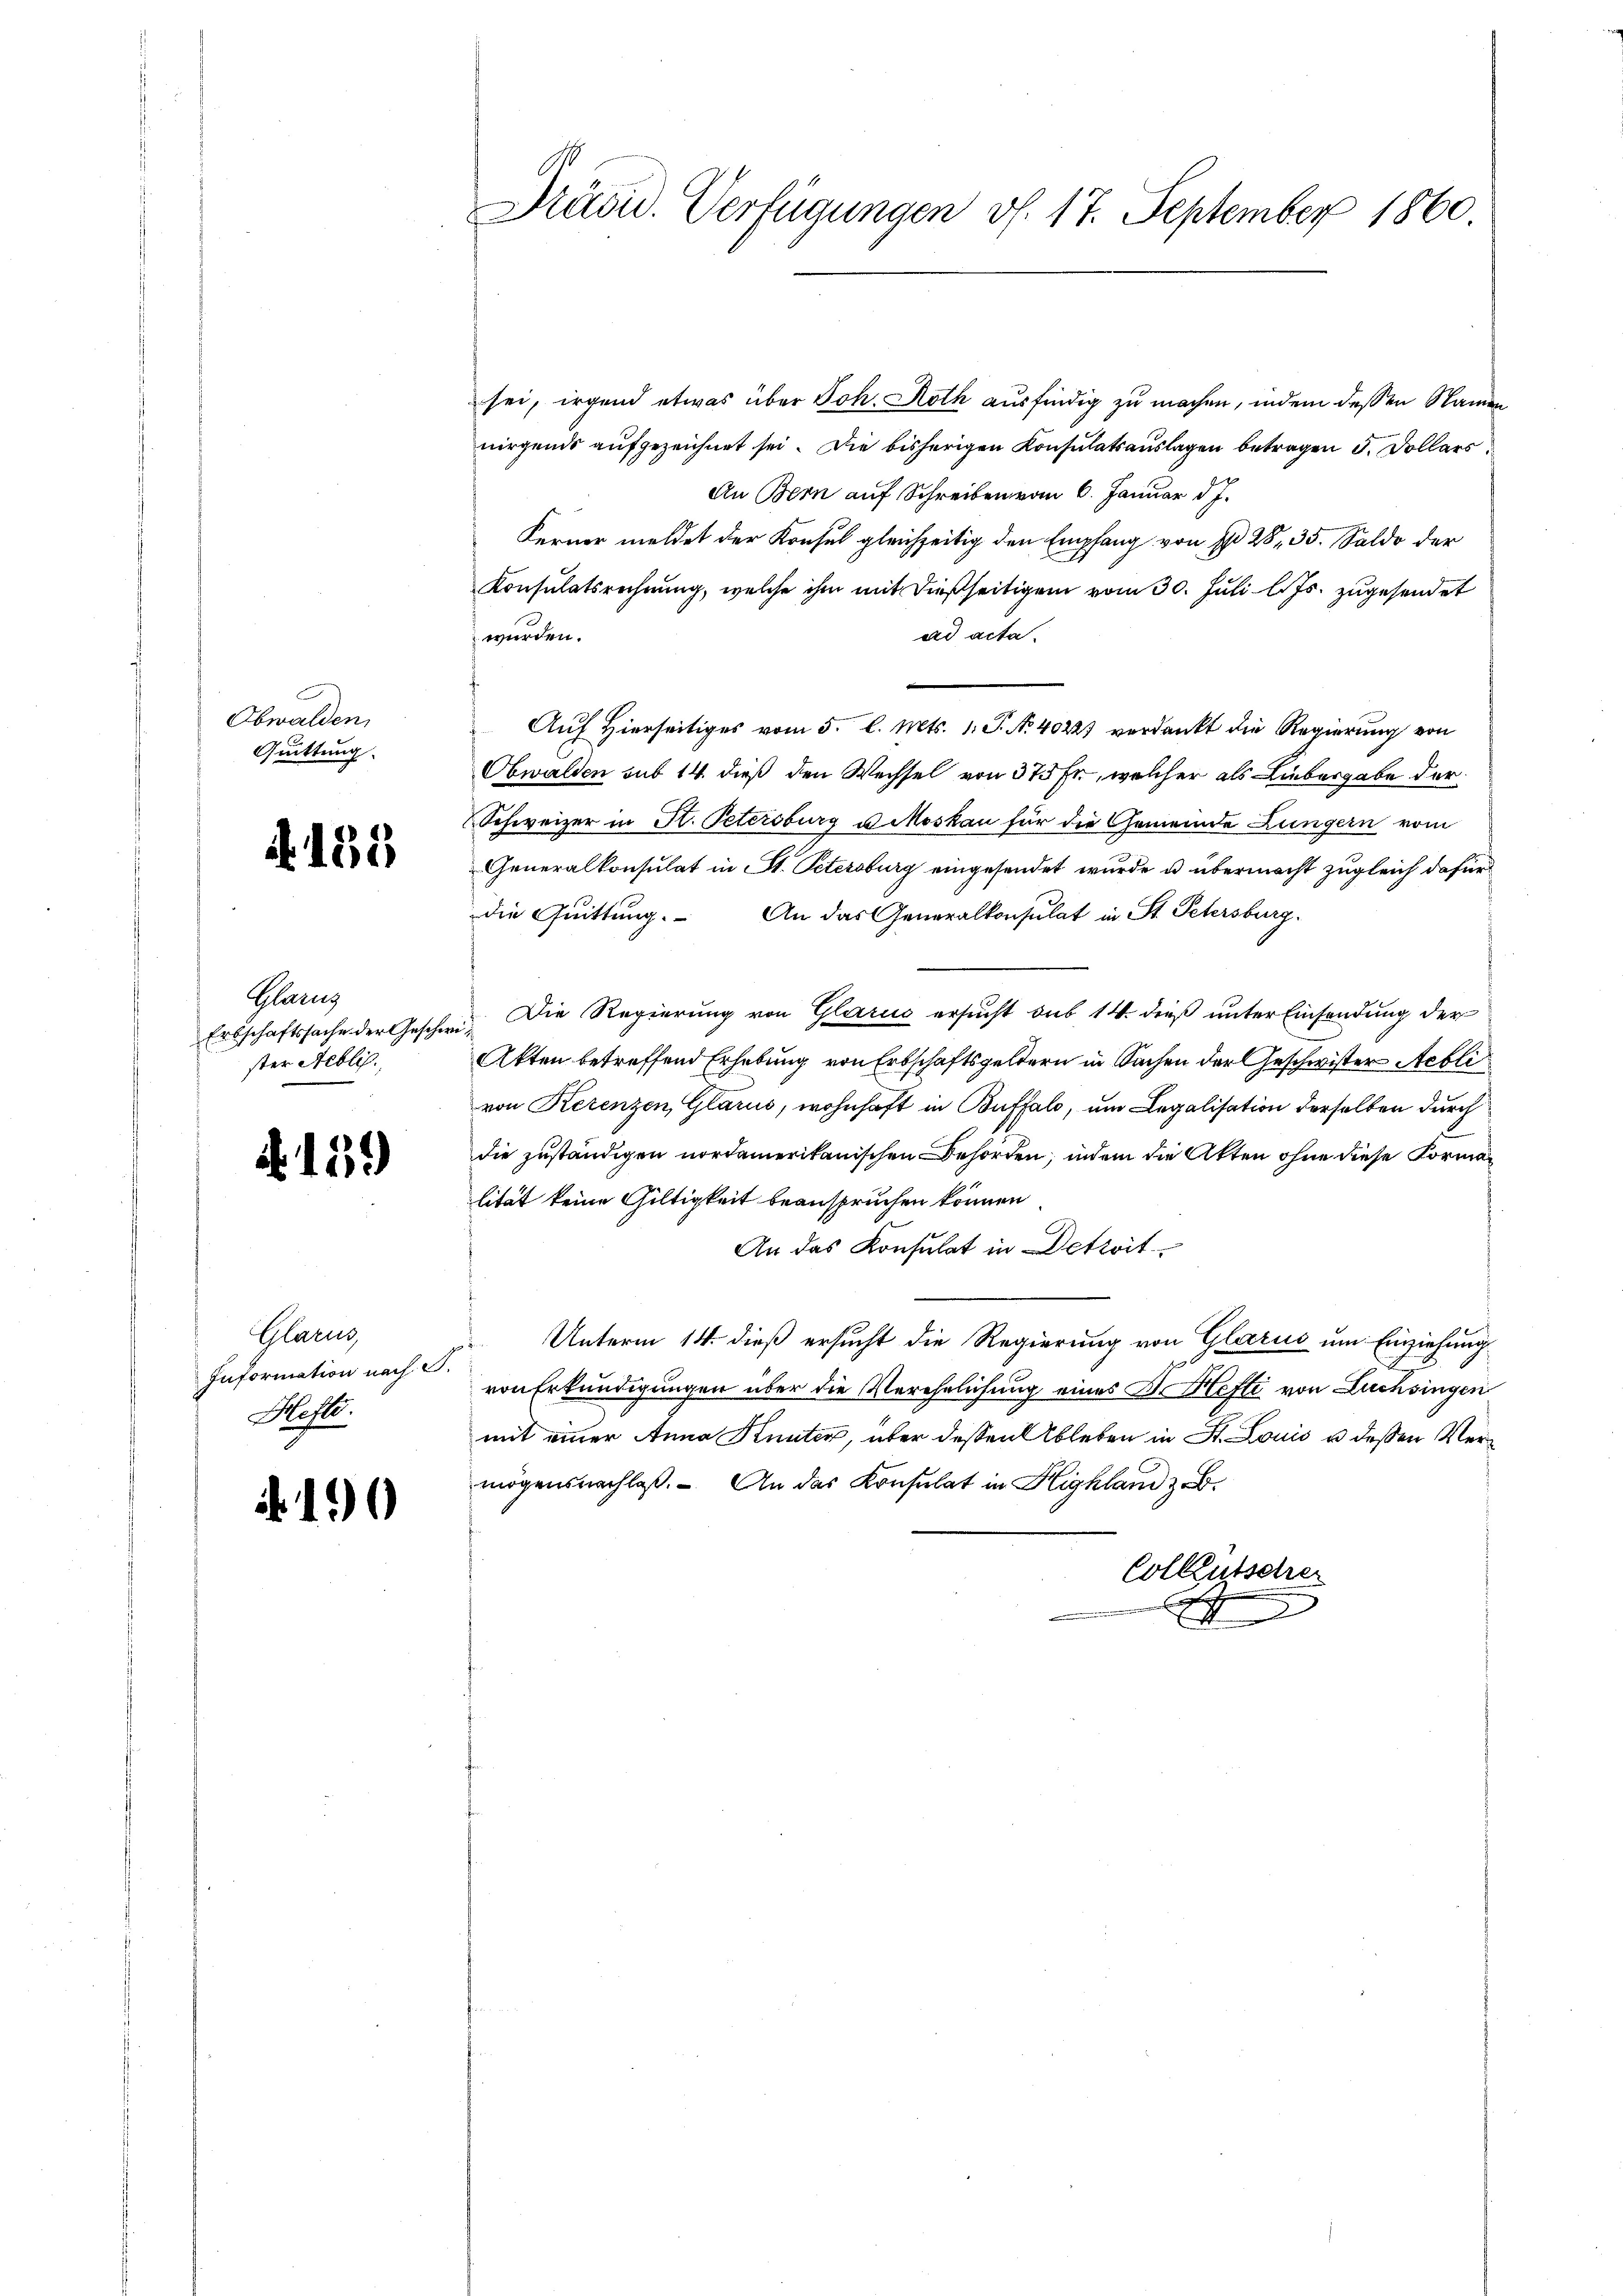
Obwalden,
Quittung.

155

Glarus
ster Neblic.

.159)

Glarus
Information nach S.
Moste

.10

sei, irgend etwas über Joh. Roth ausfindig zu machen, indem dessen Namen
nirgends aufgezeichnet sei. Die bisherigen Konsulatsauslagen betragen 5. Dollars
An Bern auf Schreiben vom 6. Januar d. J.
Ferner meldet der Konsul gleichzeitig den Empfang von I 28, 35. Saldo der
Konsulatsrechnung, welche ihm mit dießseitigem vom 30. Juli l. Js. zugesendet
wurden.
ad acta.
Auf Hierseitiges vom 5. l. Mts. 1. P. N. 40221 verdankt die Regierung von
Obwalden sub 14. dieß den Wechsel von 375 Fr., welcher als Liebergabe der
Schweizer in Fl. Petersburg u Moskau für die Gemeinde Lungern vom
Generalkonsulat in St. Petersburg eingesendet wurde u. übermacht zugleich dafür
die Quittung. An das Generalkonsulat in St. Petersburg
Erbschaftssache der Geschwi¬ Die Regierung von Glarus ersucht sub 14. dieß unter Einsendung der
Akten betreffend Erhebung von Erbschaftsgeldern in Sachen der Geschwister Aebli
von Rerenzen, Glarus, wohnhaft in Buffalo, um Legalisation derselben durch
die zuständigen nordamerikanischen Behörden, indem die Akten ohne diese Formalität keine Gültigkeit beanspruchen können
An das Konsulat in Detroit
Unterm 14. dieß ersucht die Regierung von Glarus um Einziehung
von Erkundigungen über die Verehelichung eines I. Hefti von Lüchsingen
mit einer Anna Kunter, über dessen Ableben in St. Louis u dessen Vermögensnachlaß. An das Konsulat in Highland z.b.
Colkutscher
.
.

Präsid. Verfügungen v. 17. September 1860.